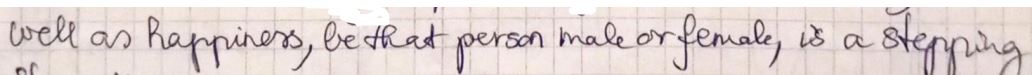
well as happiness, be that person male or female, is a stepping